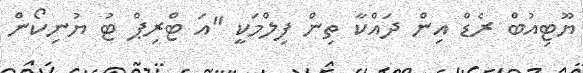
ޔޫޓިއުބް ރެޑް އިން ދައްކާ ތިން ފިލްމަކީ "އަ ޓްރިޕް ޓު ޔުނިކޯން